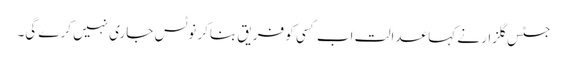
جسٹس گلزار نے کہا عدالت اب کسی کو فریق بناکر نوٹس جاری نہیں کرے گی۔